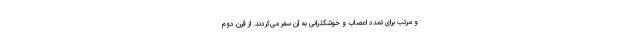
و مرتب برای تمدد اعصاب و خوشگذرانی به آن سفر می‌کردند. از قرن دوم